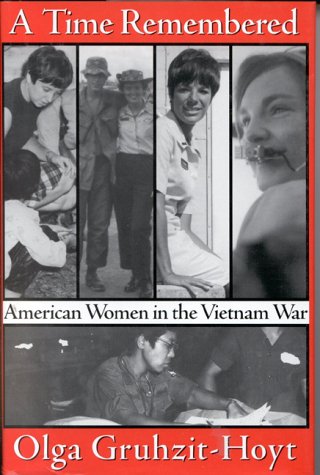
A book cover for A Time Remembered: American Women in the Vietnam War; Olga Gruzit-Hoyt; Politics & Social Sciences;